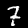
Label: 7